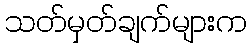
သတ်မှတ်ချက်များက